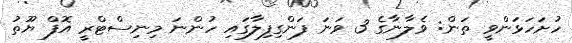
ހުށަހަޅަންވީ ތަން: ވެލާނާގެ 3 ވަނަ ފަންގިފިލާގައި ހުންނަ މިނިސްޓްރީ އޮފް ޔޫތު